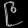
Digit: ၉